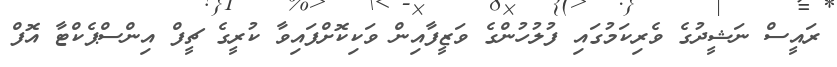
ރައީސް ނަޝީދުގެ ވެރިކަމުގައި ފުލުހުންގެ ވަޒީފާއިން ވަކިކޮށްފައިވާ ކުރީގެ ޗީފް އިންސްޕެކްޓާ އޮފް